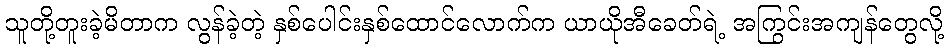
သူတို့တူးခဲ့မိတာက လွန်ခဲ့တဲ့ နှစ်ပေါင်းနှစ်ထောင်လောက်က ယာယိုအီခေတ်ရဲ့ အကြွင်းအကျန်တွေလို့